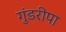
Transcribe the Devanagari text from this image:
गुंडरीपा